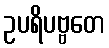
ဥပရိပဗ္ဗတေ